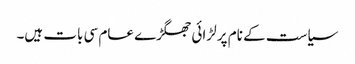
‏ سیاست کے نام پر لڑائی جھگڑے عام سی بات ہیں۔